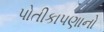
પોતીકાપણાનો